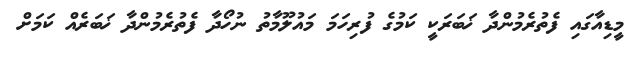
މީޑިއާގައި ފެތުރެމުންދާ ޚަބަރަކީ ކަމުގެ ފުރިހަމަ މައުލޫމާތު ނުހޯދާ ފެތުރެމުންދާ ޚަބަރެއް ކަމަށް